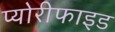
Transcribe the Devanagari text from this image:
प्योरीफाइड